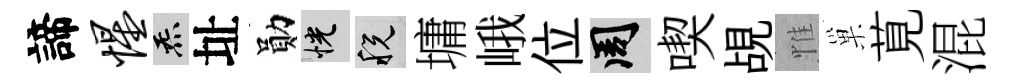
諦惺炁址勛恍税墉峨位周喫覘惟巢莧混